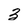
Character: 3